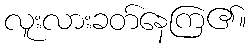
လူးလားခတ်နေကြ၏။